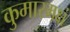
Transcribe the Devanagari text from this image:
कुमारमक्षं